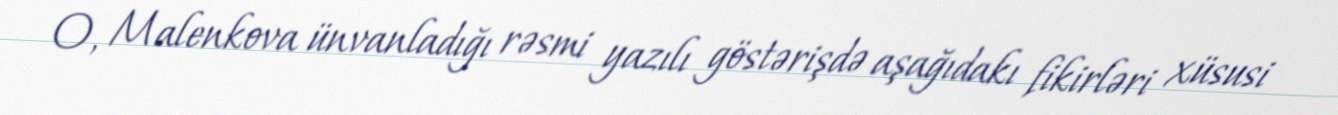
O, Malenkova ünvanladığı rəsmi yazılı göstərişdə aşağıdakı fikirləri xüsusi